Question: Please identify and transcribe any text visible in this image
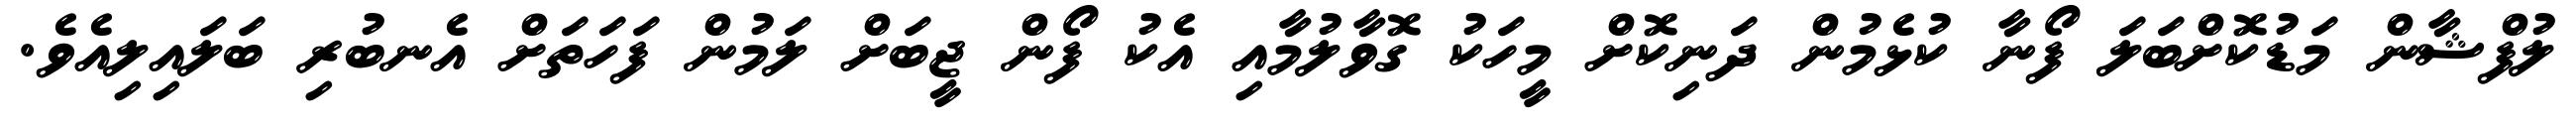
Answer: ލުފްޝާން މަޑުކޮށްބަލަ ފޯނާ ކުޅެމުން ދަނިކޮށް މީހަކު ގޮވާލުމާއި އެކު ފޯން ޖީބަށް ލަމުން ފަހަތަށް އެނބުރި ބަލައިލިއެވެ.